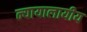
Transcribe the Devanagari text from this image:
न्यायालायीय